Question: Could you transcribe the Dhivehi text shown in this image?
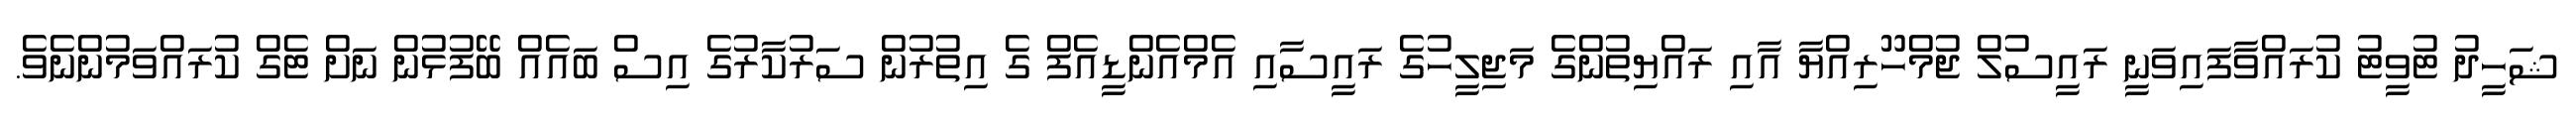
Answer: ޝަހީދު ޓުވީޓު ކުރައްވާފައިވަނީ ރައީސުލް ޖުމްހޫރިއްޔާ އާއި ރައްޔިތުންގެ މަޖިލީހުގެ ރައީސާއި އެމްއެންޑީއެފް ގެ އިތުރުން ސަރުކާރުގެ އިސް ބައެއް ބޭފުޅުން ނަށް ޓެގް ކުރައްވަމުންނެވެ.